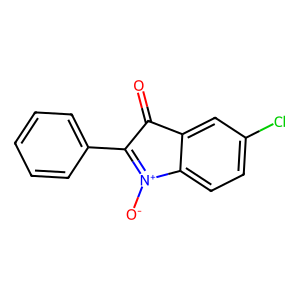
SMILES: O=C1C(c2ccccc2)=[N+]([O-])c2ccc(Cl)cc21
Inhibits HIV replication: No